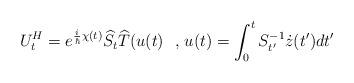
LaTeX: \begin{align*}U_{t}^{H}=e^{\frac{i}{\hbar}\chi(t)}\widehat{S_{t}}\widehat{T}(u(t)\text{ \ ,\ }u(t)=\int_{0}^{t}S_{t^{\prime}}^{-1}\dot{z}(t^{\prime})dt^{\prime}\end{align*}